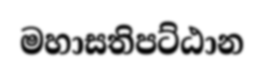
මහාසතිපට්ඨාන